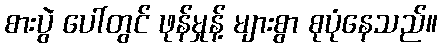
စားပွဲ ပေါ်တွင် ဖုန်မှုန့် များစွာ စုပုံနေသည်။